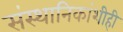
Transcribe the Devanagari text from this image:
संस्‍थानिकांशीही